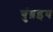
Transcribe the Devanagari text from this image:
चुंब़इय